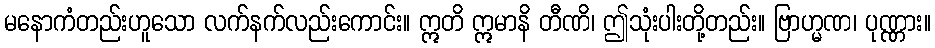
မနောကံတည်းဟူသော လက်နက်လည်းကောင်း။ ဣတိ ဣမာနိ တီဏိ၊ ဤသုံးပါးတို့တည်း။ ဗြာဟ္မဏ၊ ပုဏ္ဏား။